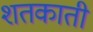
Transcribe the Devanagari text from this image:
शतकाती